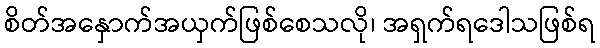
စိတ်အနှောက်အယှက်ဖြစ်စေသလို၊ အရှက်ရဒေါသဖြစ်ရ